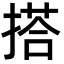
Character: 搭